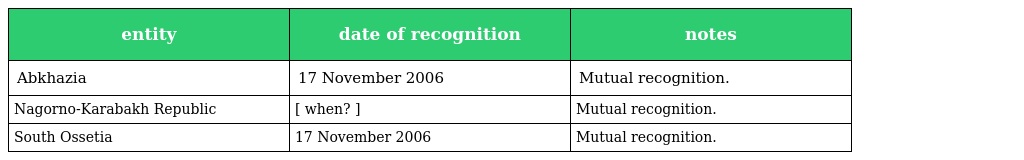
| entity | date of recognition | notes |
 | --- | --- | --- |
 | Abkhazia | 17 November 2006 | Mutual recognition. |
 | Nagorno-Karabakh Republic | [ when? ] | Mutual recognition. |
 | South Ossetia | 17 November 2006 | Mutual recognition. |